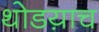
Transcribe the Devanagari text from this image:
थोडय़ाच